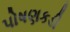
પોષણકડી